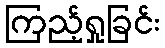
ကြည့်ရှုခြင်း